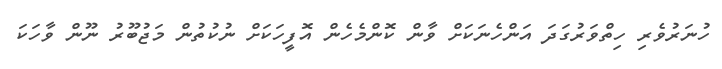
ހުނަރުވެރި ހިތްވަރުގަދަ އަންހެނަކަށް ވާން ކޮންމެހެން އޮފީހަކަށް ނުކުތުން މަޖުބޫރު ނޫން ވާހަކަ